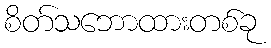
စိတ်သဘောထားတစ်ခု